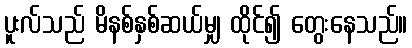
ပူးလ်သည် မိနစ်နှစ်ဆယ်မျှ ထိုင်၍ တွေးနေသည်။